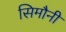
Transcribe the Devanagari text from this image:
सिमौनी